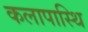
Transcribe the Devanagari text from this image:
कलापास्थि